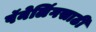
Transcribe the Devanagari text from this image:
पॅनेलिंगसाठी